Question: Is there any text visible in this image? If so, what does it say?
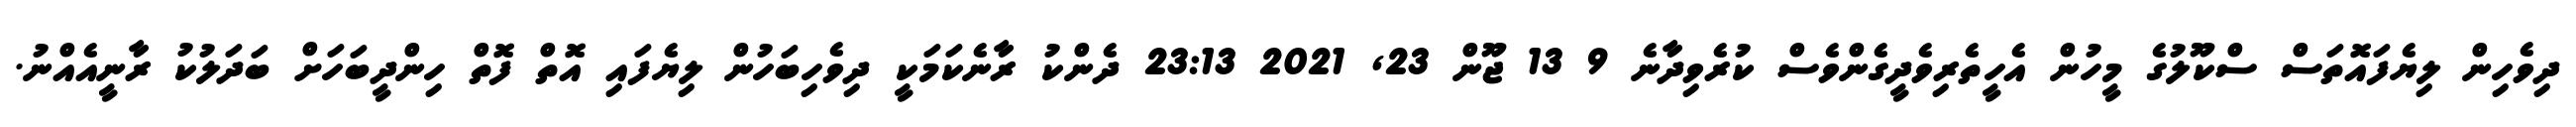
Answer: ދިވެހިން ލިޔެފައޮތަސް ސްކޫލުގެ މީހުން އެހީތެރިވެދީގެންވެސް ކުރެވިދާނެ 9 13 ޖޫން 23, 2021 23:13 ދެންކު ރާނެކަމަކީ ދިވެހިބަހުން ލިޔެފައި އޮތް ފޮތް ހިންދީބަހަށް ބަދަލުކު ރާނީއެއްނު.